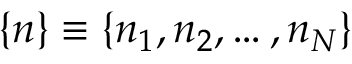
\{ n \} \equiv \{ n _ { 1 } , n _ { 2 } , \dots , n _ { N } \}